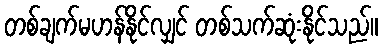
တစ်ချက်မဟန်နိုင်လျှင် တစ်သက်ဆုံးနိုင်သည်။